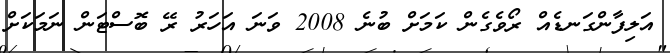
އަލިފާންގަނޑެއް ރޯވެގެން ކަމަށް ބުނެ 2008 ވަނަ އަހަރު ރޭ ބޮސްޓަން ނަމަކަށް